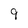
Character: 9